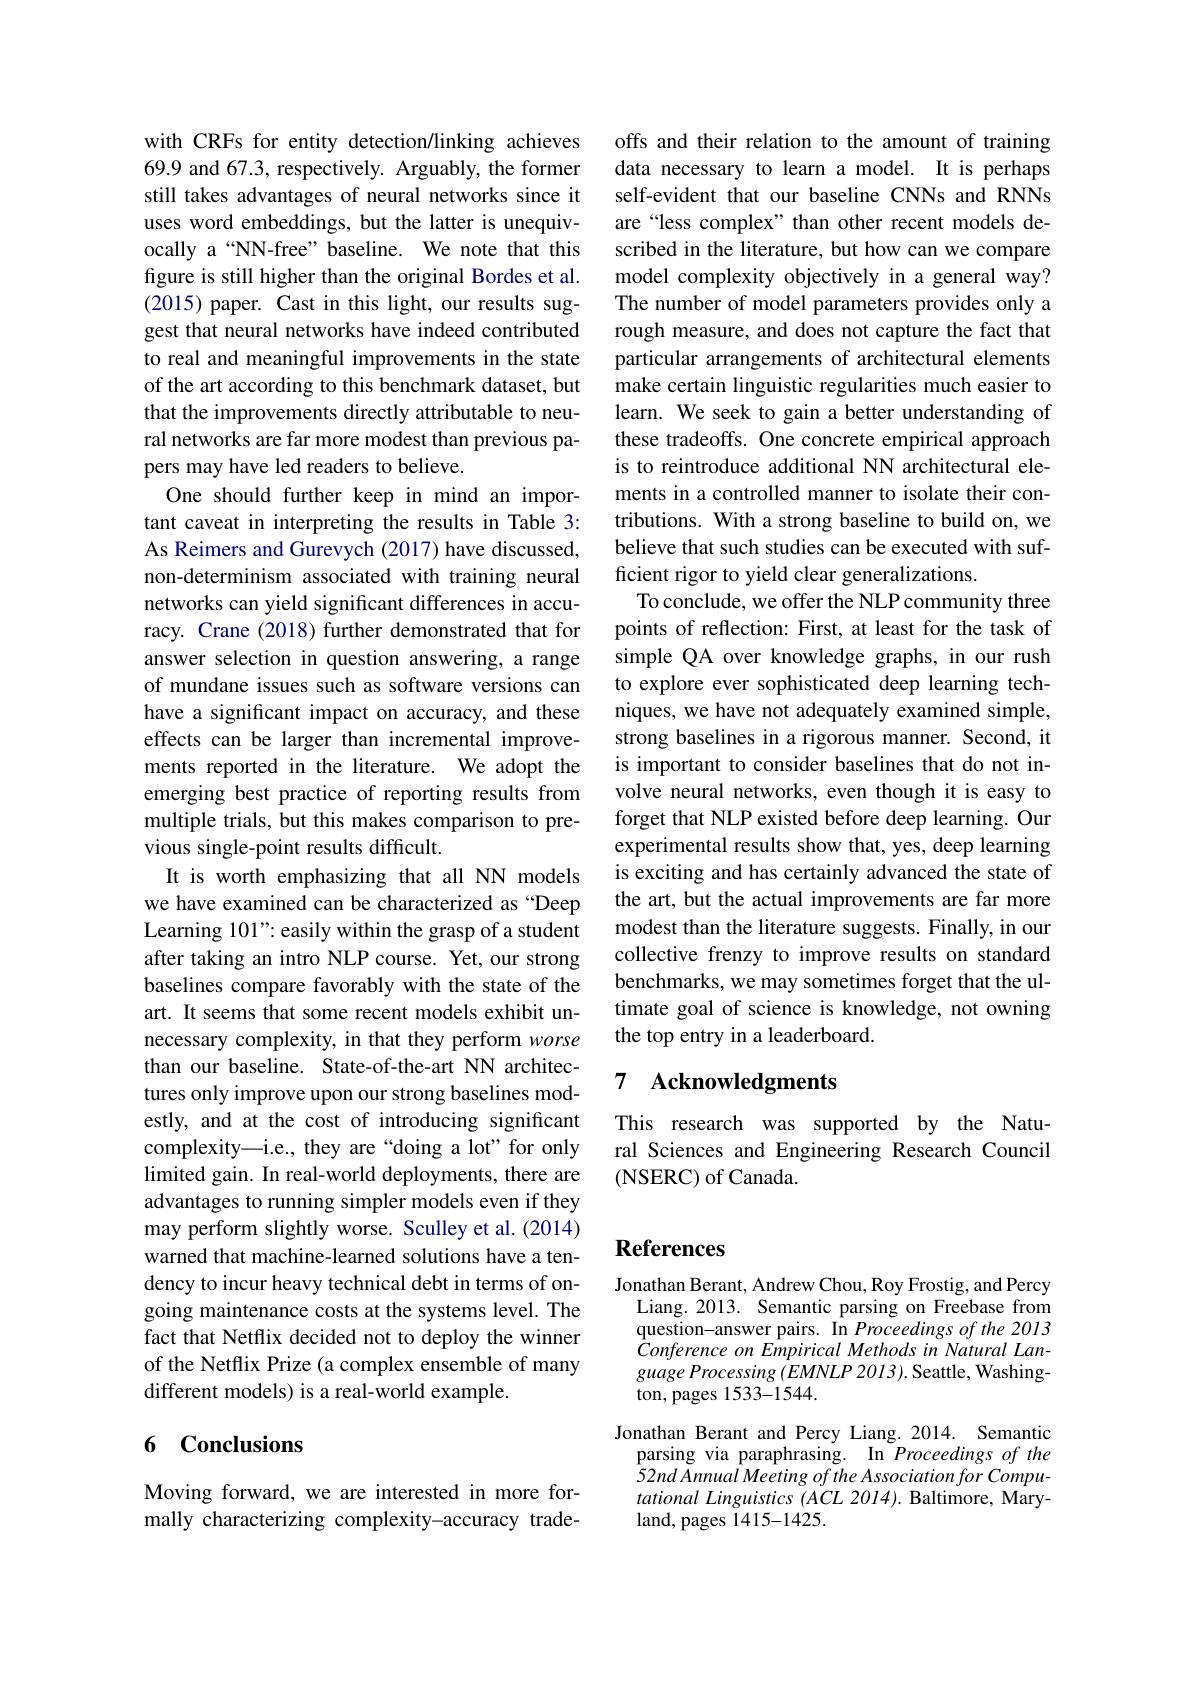
with CRFs for entity detection/linking achieves 69.9 and 67.3, respectively. Arguably, the former still takes advantages of neural networks since it uses word embeddings, but the latter is unequivocally a“NN-free”baseline. We note that this figure is still higher than the original Bordes et al. (2015) paper. Cast in this light, our results suggest that neural networks have indeed contributed to real and meaningful improvements in the state of the art according to this benchmark dataset, but that the improvements directly attributable to neural networks are far more modest than previous papers may have led readers to believe.
One should further keep in mind an important caveat in interpreting the results in Table 3: As Reimers and Gurevych (2017) have discussed, non-determinism associated with training neural networks can yield significant differences in accuracy. Crane (2018) further demonstrated that for answer selection in question answering, a range of mundane issues such as software versions can have a significant impact on accuracy, and these effects can be larger than incremental improvements reported in the literature. We adopt the emerging best practice of reporting results from multiple trials, but this makes comparison to previous single-point results difficult.
It is worth emphasizing that all NN models we have examined can be characterized as “Deep Learning 101": easily within the grasp of a student after taking an intro NLP course. Yet, our strong baselines compare favorably with the state of the art. It seems that some recent models exhibit unnecessary complexity, in that they perform worse than our baseline. State-of-the-art NN architectures only improve upon our strong baselines modestly, and at the cost of introducing significant complexity—i.e., they are“doing a lot" for only limited gain. In real-world deployments, there are advantages to running simpler models even if they may perform slightly worse. Sculley et al. (2014) warned that machine-learned solutions have a tendency to incur heavy technical debt in terms of ongoing maintenance costs at the systems level. The fact that Netflix decided not to deploy the winner of the Netflix Prize (a complex ensemble of many different models) is a real-world example.

## 6 Conclusions

Moving forward, we are interested in more formally characterizing complexity-accuracy trade-

offs and their relation to the amount of training data necessary to learn a model. It is perhaps self-evident that our baseline CNNs and RNNs are“less complex”than other recent models described in the literature, but how can we compare model complexity objectively in a general way? The number of model parameters provides only a rough measure, and does not capture the fact that particular arrangements of architectural elements make certain linguistic regularities much easier to learn. We seek to gain a better understanding of these tradeoffs. One concrete empirical approach is to reintroduce additional NN architectural elements in a controlled manner to isolate their contributions. With a strong baseline to build on, we believe that such studies can be executed with sufficient rigor to yield clear generalizations.
To conclude, we offer the NLP community three points of reflection: First, at least for the task of simple QA over knowledge graphs, in our rush to explore ever sophisticated deep learning techniques, we have not adequately examined simple, strong baselines in a rigorous manner. Second, it is important to consider baselines that do not involve neural networks, even though it is easy to forget that NLP existed before deep learning. Our experimental results show that, yes, deep learning is exciting and has certainly advanced the state of the art, but the actual improvements are far more modest than the literature suggests. Finally, in our collective frenzy to improve results on standard benchmarks, we may sometimes forget that the ultimate goal of science is knowledge, not owning the top entry in a leaderboard.

# 7 Acknowledgments

This research was supported by the Natural Sciences and Engineering Research Council ( NSERC) of Canada.

## References

Jonathan Berant, Andrew Chou, Roy Frostig, and Percy Liang. 2013. Semantic parsing on Freebase from question-answer pairs. In Proceedings of the 2013 $\hat{C}onference~on~Empirical~Methods~in~Natural~Lan-$ $guage\textit{Processing ( EMNLP 2013) . Seattle, Washing- }$ ton, pages 1533- 1544.
Jonathan Berant and Percy Liang. 2014. Semantic
parsing via paraphrasing. In Proceedings of the $\hat{5}2nd\tilde{A}nnua\hat{l}MeetingoftheAssociationforCompu-$ tational Linguistics (ACL 2014). Baltimore, Maryland, pages $\tilde{1}415-1425.$